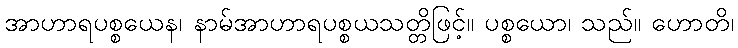
အာဟာရပစ္စယေန၊ နာမ်အာဟာရပစ္စယသတ္တိဖြင့်။ ပစ္စယော၊ သည်။ ဟောတိ၊